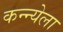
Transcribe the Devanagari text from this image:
कन्न्येला